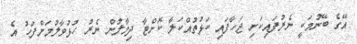
އޭގެ ބޭނުމަކީ ނެރުފައިކަށި ޖަހާފައި ކަޅުތުއްކަލާ ކޮށްޓާ ދިމާލުން ނެރު ހުޅުވާލުމަށްފަހު އެ